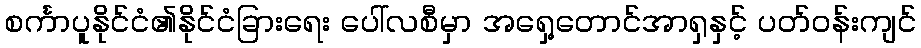
စင်္ကာပူနိုင်ငံ၏နိုင်ငံခြားရေး ပေါ်လစီမှာ အရှေ့တောင်အာရှနှင့် ပတ်ဝန်းကျင်